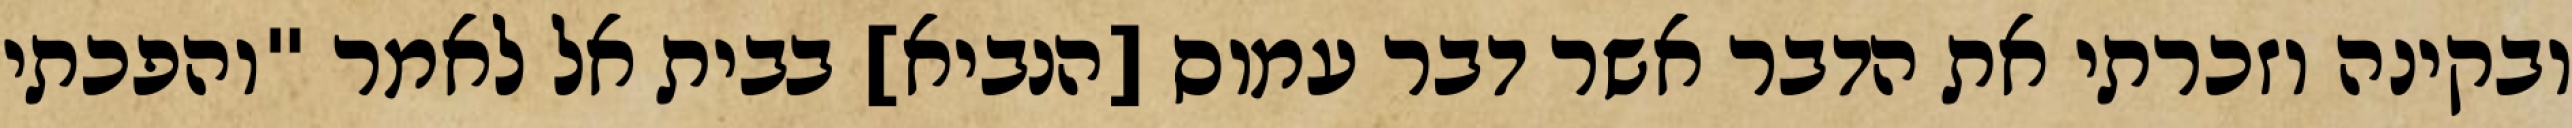
ובקינה וזכרתי את הדבר אשר דבר עמוס [הנביא] בבית אל לאמר "והפכתי